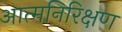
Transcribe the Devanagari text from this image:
आत्मनिरिक्षण